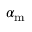
\alpha _ { \mathrm { m } }